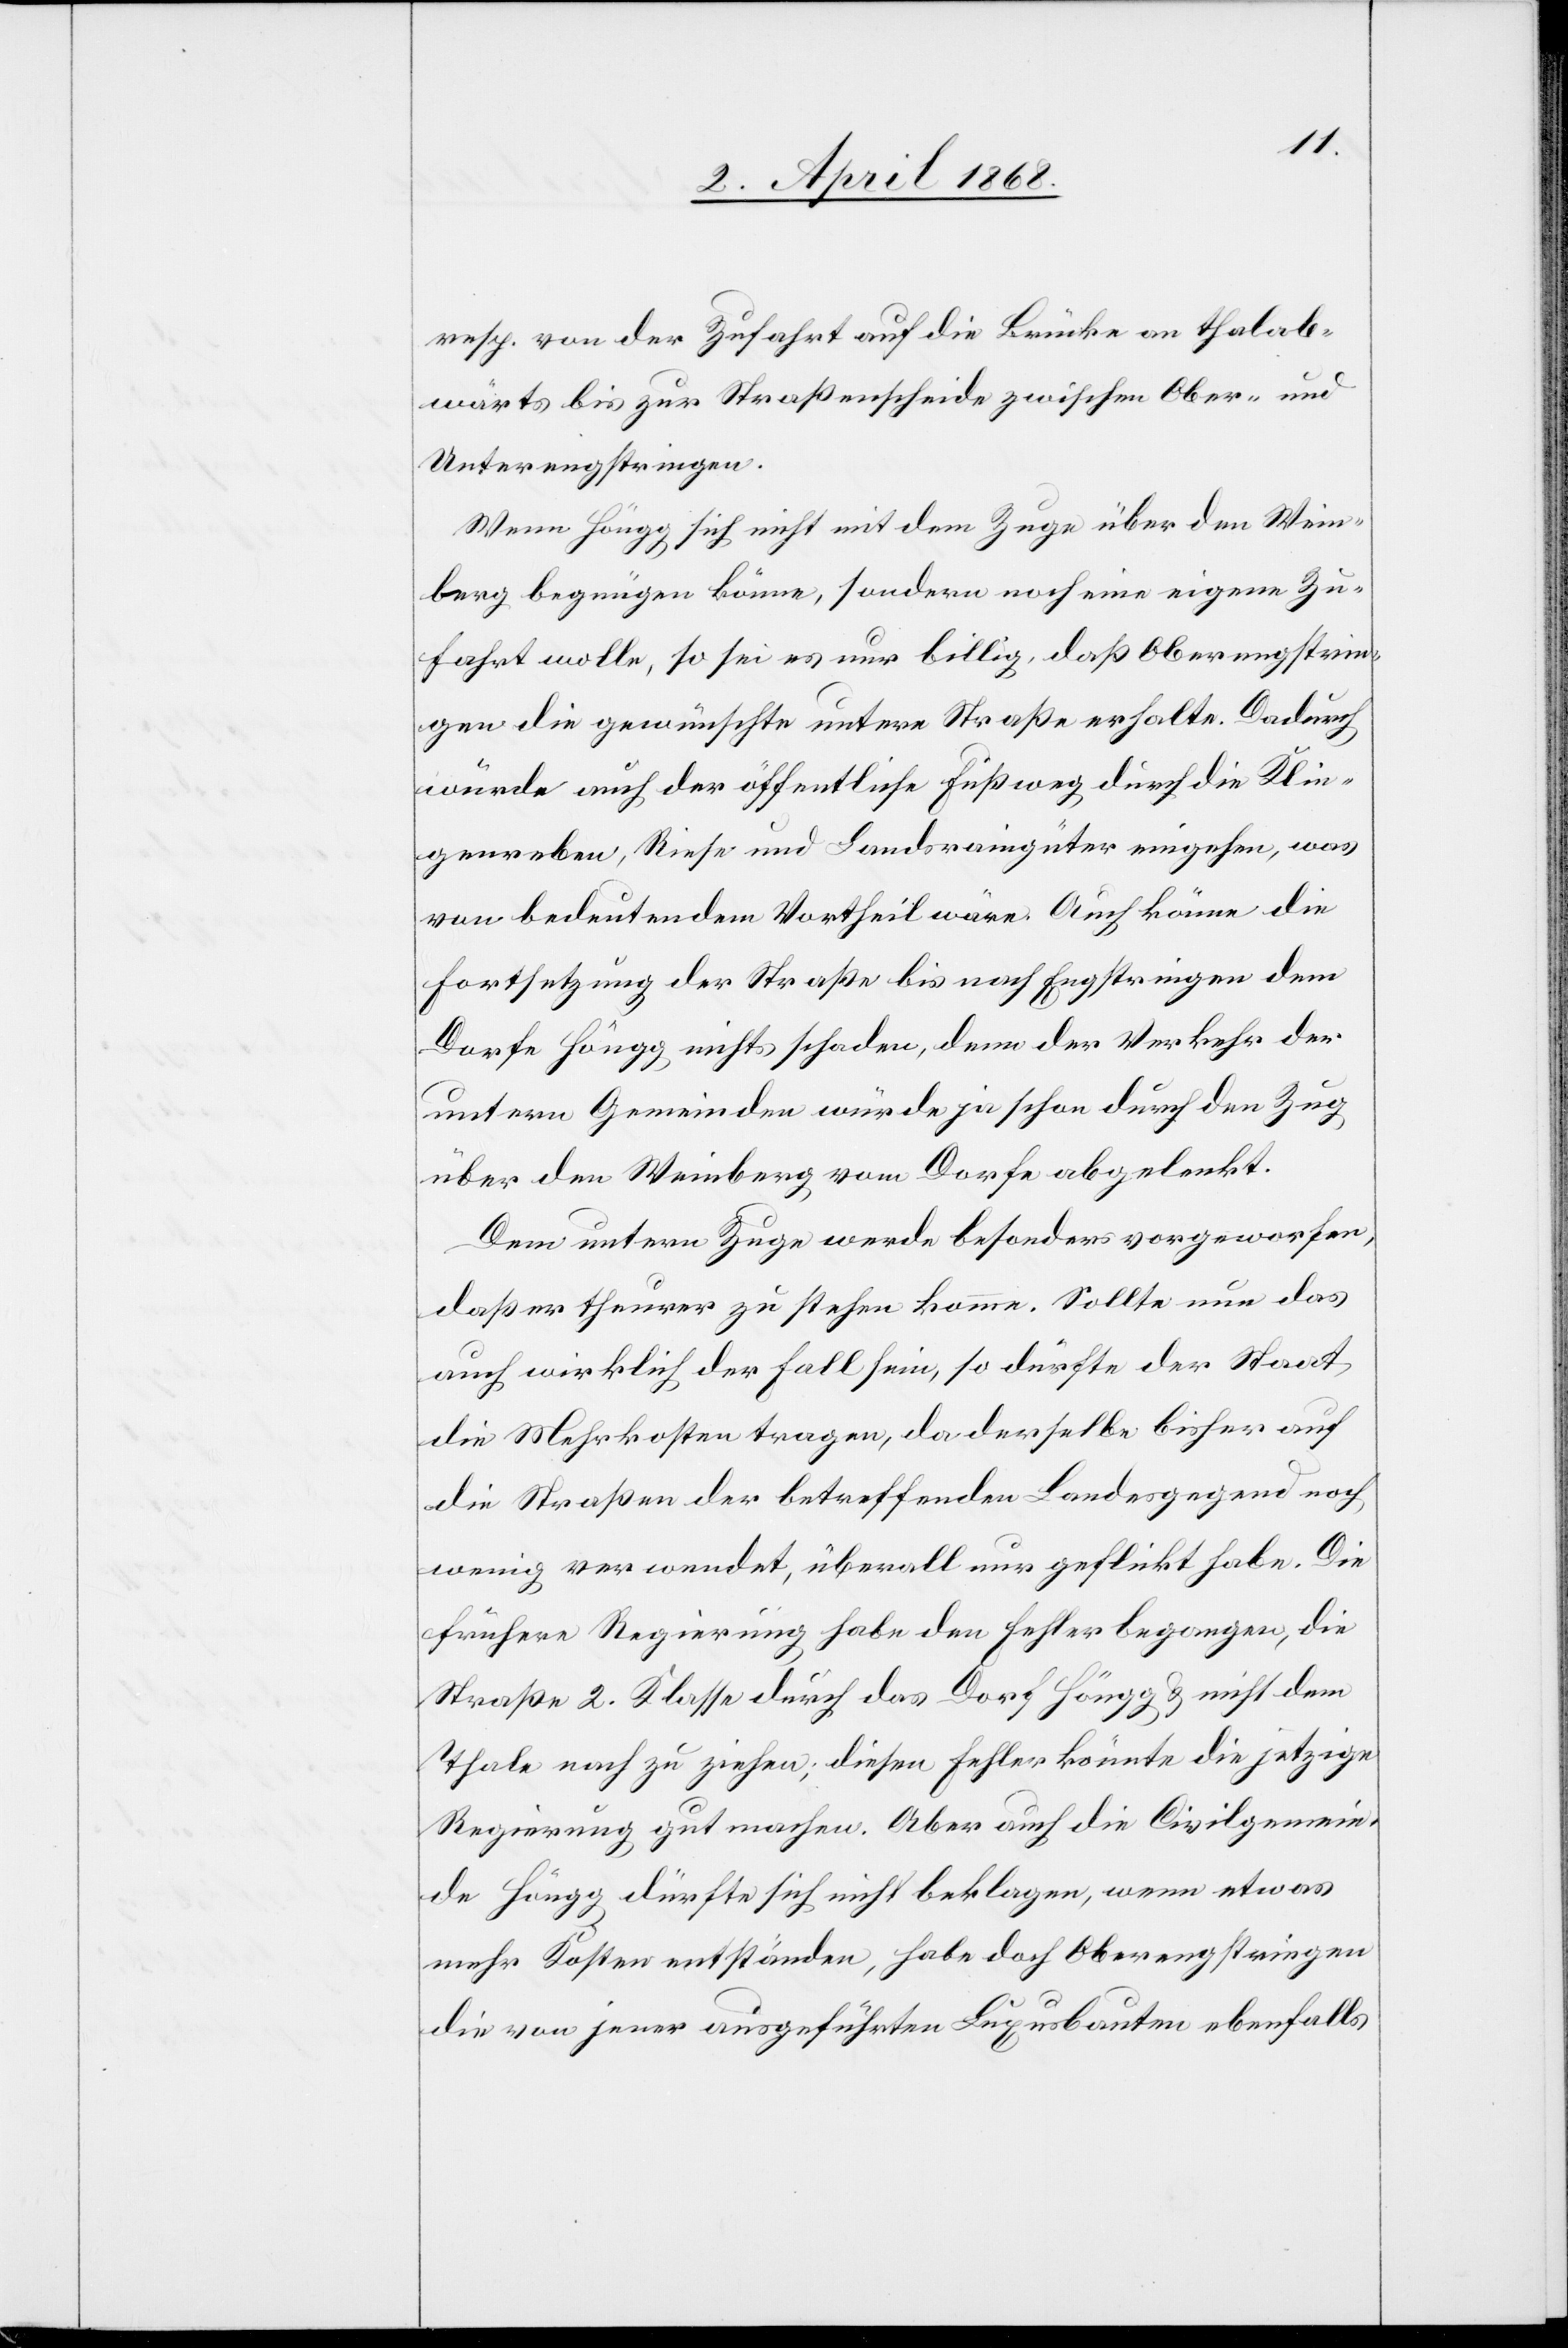
resp. von der Zufahrt auf die Brücke an thalab¬
wärts bis zur Straßenscheide zwischen Ober- und
Unterengstringen.
Wenn Höngg sich nicht mit dem Zuge über den Wein¬
berg begnügen könne, sondern noch eine eigene Zu¬
fahrt wolle, so sei es nur billig, daß Oberengstrin¬
gen die gewünschte untere Straße erhalte. Dadurch
würde auch der öffentliche Fußweg durch die Klin¬
genreben, Riese und Landsraingüter eingehen, was
von bedeutendem Vortheil wäre. Auch könne die
Fortsetzung der Straße bis nach Engstringen dem
Dorfe Höngg nichts schaden, denn der Verkehr der
untern Gemeinden würde ja schon durch den Zug
über den Weinberg vom Dorfe abgelenkt.
Dem untern Zuge werde besonders vorgeworfen,
daß er theuer zu stehen komme. Sollte nun das
auch wirklich der Fall sein, so dürfte der Staat
die Mehrkosten tragen, da derselbe bisher auf
die Straßen der betreffenden Landesgegend noch
wenig verwendet, überall nur geflickt habe. Die
frühere Regierung habe den Fehler begangen, die
Straße 2. Klasse durch das Dorf Höngg & nicht dem
Thale nach zu ziehen; diesen Fehler könnte die jetzige
Regierung gut machen. Aber auch die Civilgemein¬
de Höngg dürfte sich nicht beklagen, wenn etwas
mehr Kosten entständen, habe doch Oberengstringen
die von jener ausgeführten Luxusbauten ebenfalls